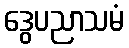
ဒွေပညာသမံ